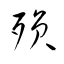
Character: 殞